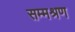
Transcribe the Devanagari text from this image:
सम्मश्रण